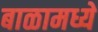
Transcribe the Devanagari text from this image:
बाळामध्ये